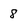
Character: 8